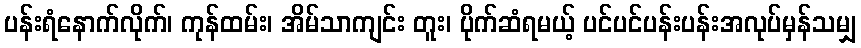
ပန်းရံနောက်လိုက်၊ ကုန်ထမ်း၊ အိမ်သာကျင်း တူး၊ ပိုက်ဆံရမယ့် ပင်ပင်ပန်းပန်းအလုပ်မှန်သမျှ